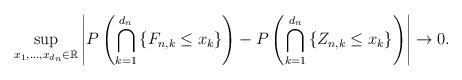
LaTeX: \begin{align*}\sup_{x_1,\dots,x_{d_n}\in\mathbb{R}}\left|P\left(\bigcap_{k=1}^{d_n}\left\{F_{n,k}\leq x_k\right\}\right)-P\left(\bigcap_{k=1}^{d_n}\left\{Z_{n,k}\leq x_k\right\}\right)\right|\to0.\end{align*}